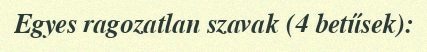
Egyes ragozatlan szavak (4 betűsek):